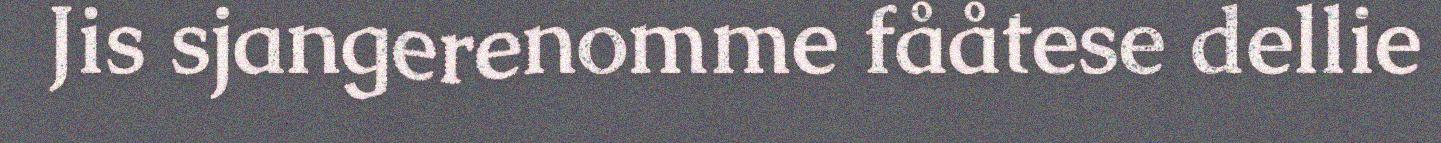
Jis sjangerenomme fååtese dellie